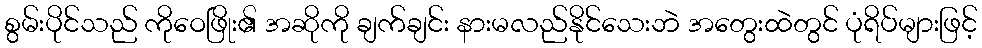
စွမ်းပိုင်သည် ကိုဝေဖြိုး၏ အဆိုကို ချက်ချင်း နားမလည်နိုင်သေးဘဲ အတွေးထဲတွင် ပုံရိပ်များဖြင့်